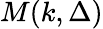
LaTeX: M(k,\Delta)